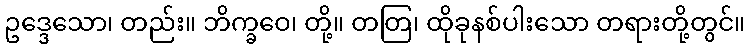
ဥဒ္ဒေသော၊ တည်း။ ဘိက္ခဝေ၊ တို့။ တတြ၊ ထိုခုနစ်ပါးသော တရားတို့တွင်။